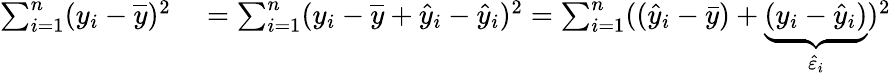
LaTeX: \begin{array}{rl}{\sum_{i=1}^{n}(y_{i}-{\overline{{y}}})^{2}}&{{}=\sum_{i=1}^{n}(y_{i}-{\overline{{y}}}+{\hat{y}}_{i}-{\hat{y}}_{i})^{2}=\sum_{i=1}^{n}(({\hat{y}}_{i}-{\bar{y}})+\underbrace{(y_{i}-{\hat{y}}_{i})}_{{\hat{\varepsilon}}_{i}})^{2}}\end{array}